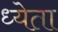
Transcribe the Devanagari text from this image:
ध्येता